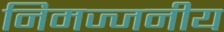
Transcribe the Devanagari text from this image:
निमज्जनीय